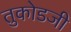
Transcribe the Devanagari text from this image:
तुकोडजी